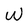
Character: W